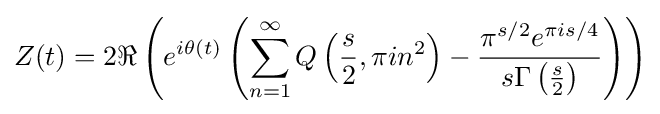
Z(t)=2\Re \left(e^{i\theta (t)}\left(\sum _{n=1}^{\infty }Q\left({\frac {s}{2}},\pi in^{2}\right)-{\frac {\pi ^{s/2}e^{\pi is/4}}{s\Gamma \left({\frac {s}{2}}\right)}}\right)\right)